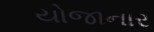
યોજાનાર